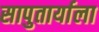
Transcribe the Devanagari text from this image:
सापुतार्याला